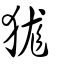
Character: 狵